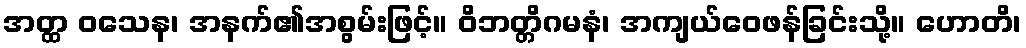
အတ္ထ ဝသေန၊ အနက်၏အစွမ်းဖြင့်။ ဝိဘတ္တိဂမနံ၊ အကျယ်ဝေဖန်ခြင်းသို့။ ဟောတိ၊